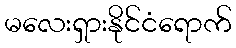
မလေးရှားနိုင်ငံရောက်